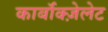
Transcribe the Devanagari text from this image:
कार्बॉक्ज़ेलेट